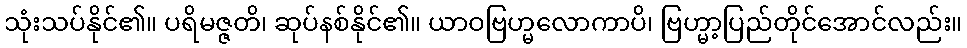
သုံးသပ်နိုင်၏။ ပရိမဇ္ဇတိ၊ ဆုပ်နစ်နိုင်၏။ ယာဝဗြဟ္မလောကာပိ၊ ဗြဟ္မာ့ပြည်တိုင်အောင်လည်း။